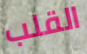
القلب